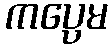
ကပ္ပေမ